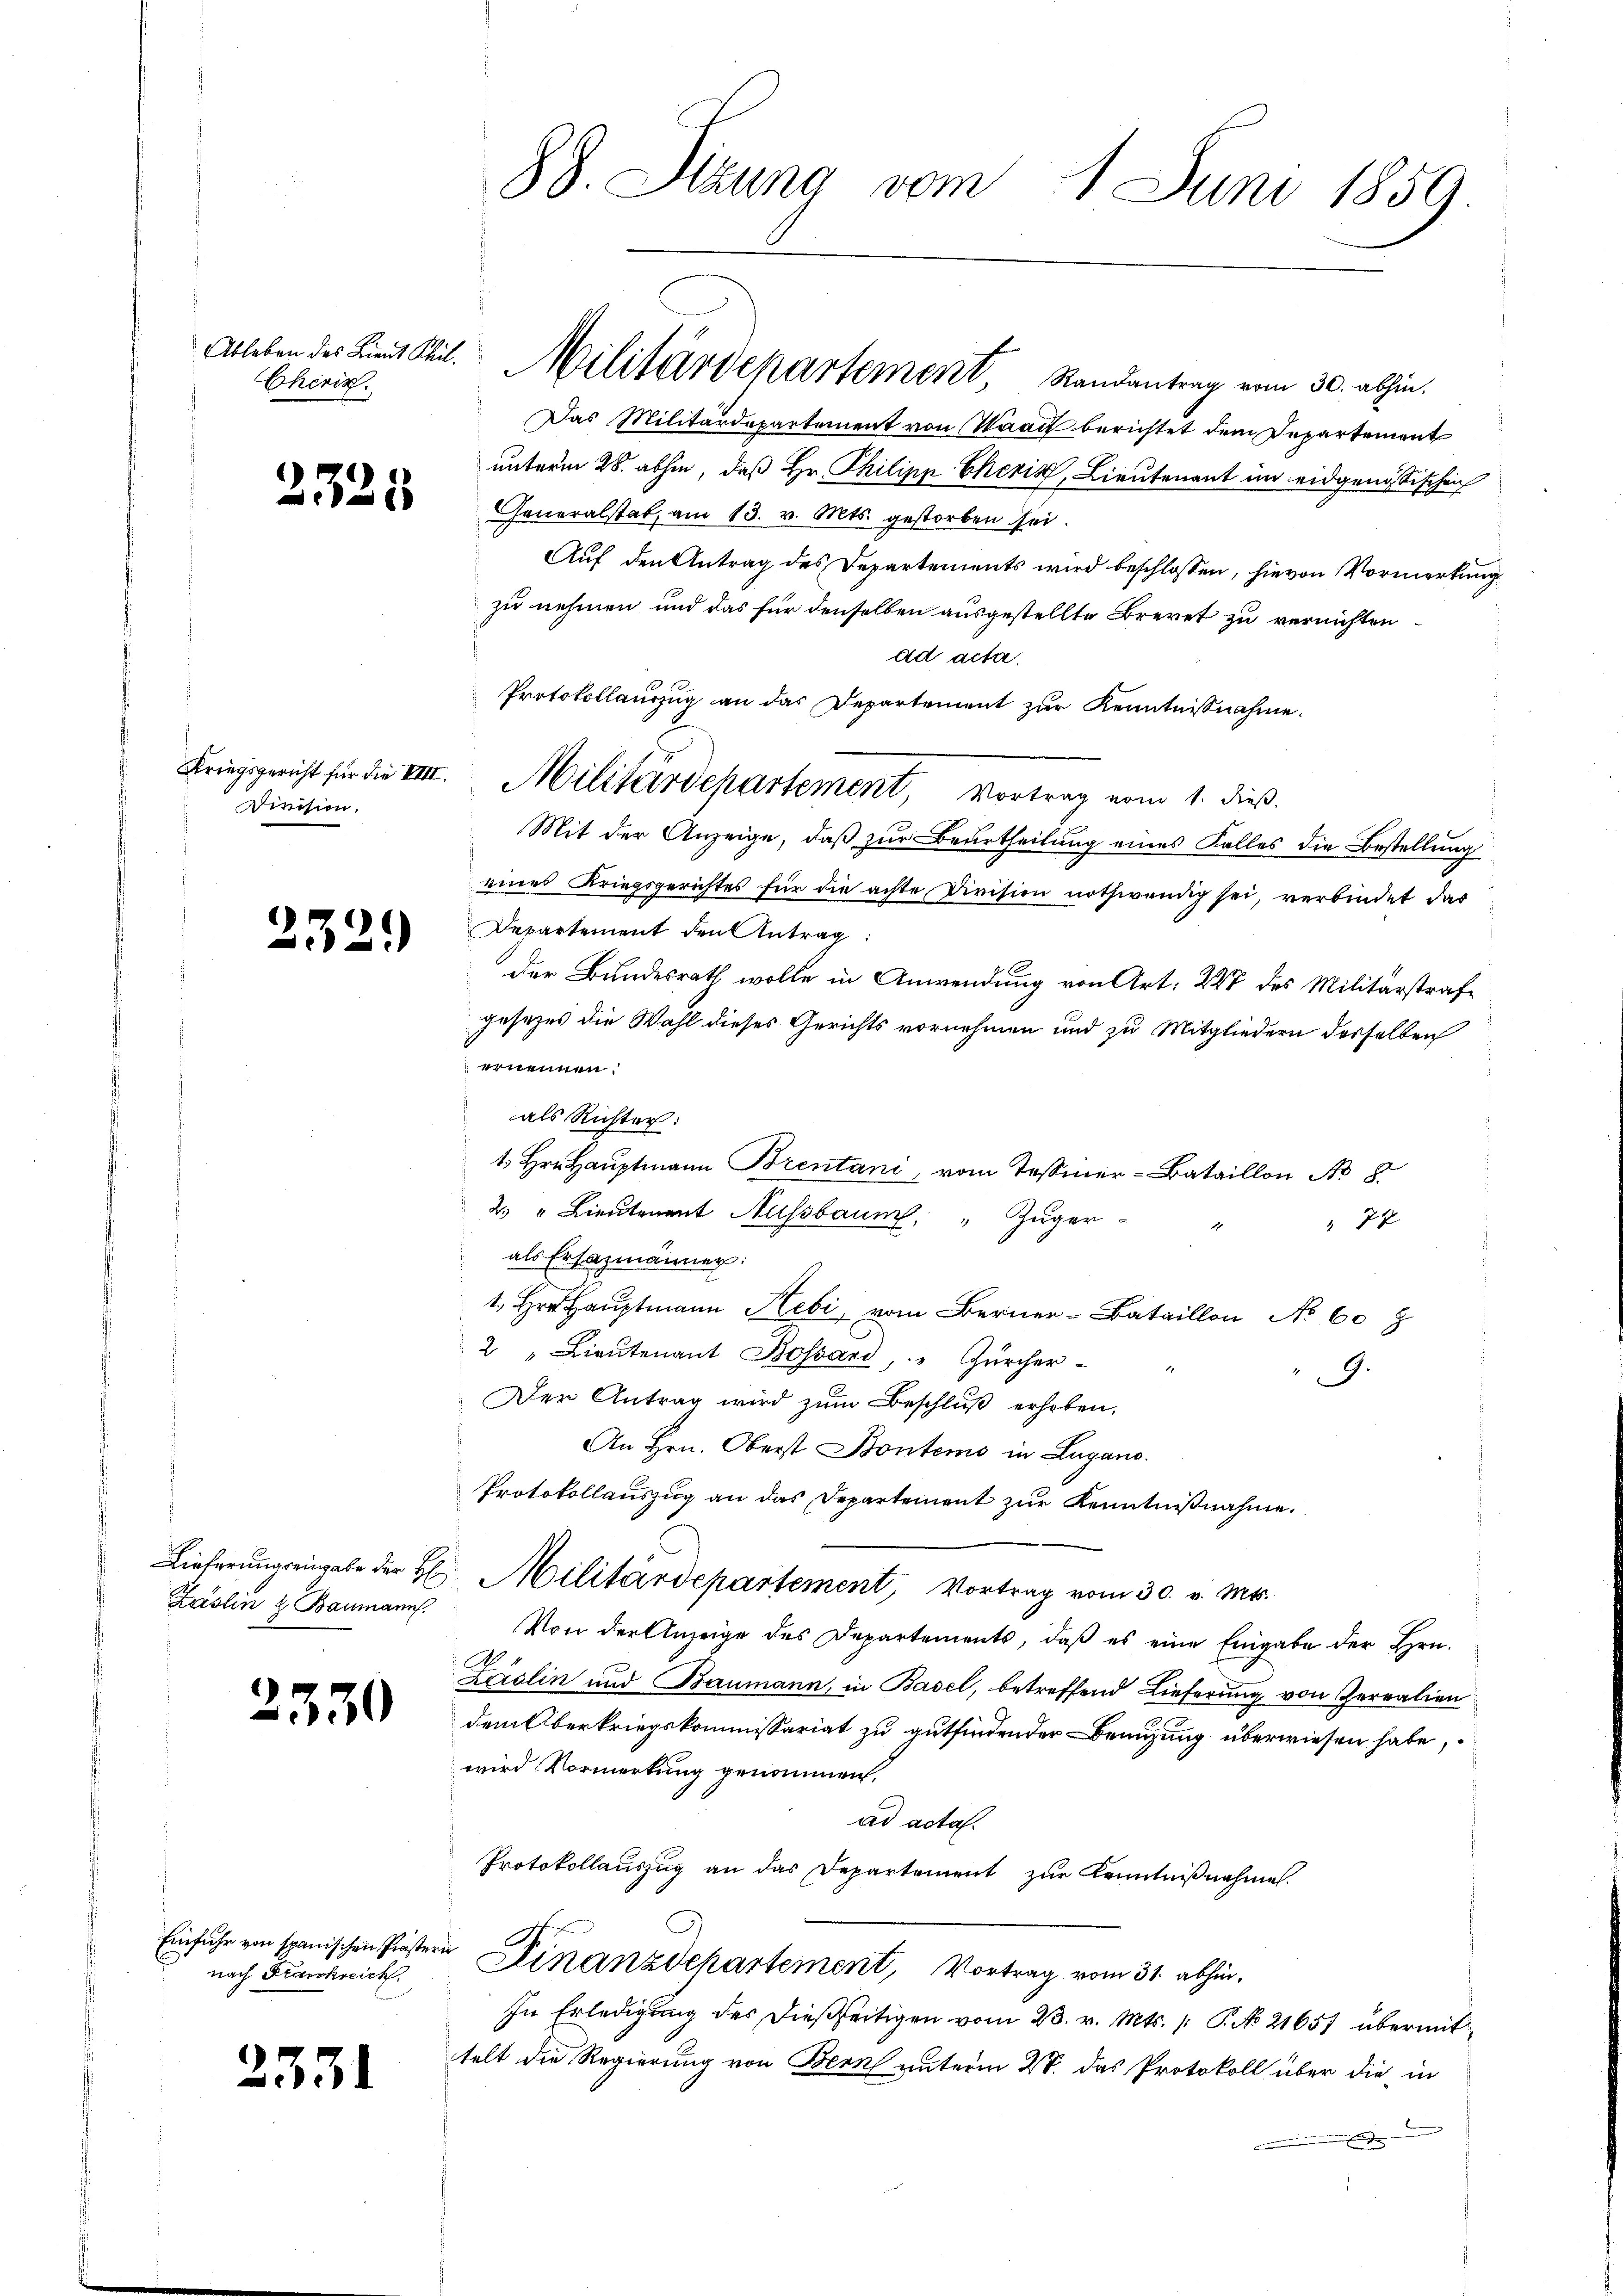
Ableben des Lient Khil.
Cherin.

23

25

Division.

e

23

5

21

Lieferungs eingabe der H
Käslin & Baumann.

0

)

Einfuhr von spanischen Praster
nach Frankreich

88. Stzung vom 1. Juni 1859.

Das Militärdepartement von Waadt berichtet dem Departement
unterm 28. abhin, daß Hr. Philipp Cheris, Lieutenant im eidgenössischen
Generalstat, am 13. v. Mts. gestorben sei.
Auf den Antrag des Departements wird beschlossen, hievon Vormerkung
zu nehmen und das für denselben ausgestellte Brevet zu vernichten
ad acta.
Protokollauszug an das Departement zur Kenntnißnahme.
Mit der Anzeige, daß zur Beurtheilung eines Falles die Bestellung
eines Kriegsgerichtes für die achte Division nothwendig sei, verbindet das
Departement den Antrag:
der Bundesrath wolle in Anwendung von Art. 227 des Militärstrafe
gesezes die Wahl dieses Gerichts vornehmen und zu Mitgliedern derselben
ernennen.
als Richter:
1. Hrn. Hauptmann Brentani, vom Tessiner-Bataillon No 8
2. " Lieutenant Nussbaum, " Züger-
77
als Ersazmänner:
 Hr. Hauptmann Hebi vom Berner-Bataillon No 608
2 " Lieutenant Bossard " Zürcher-
9.
Der Antrag wird zum Beschluß erhoben,
An Hrn. Oberst Bontems in Lugano.
Protokollauszug an das Departement zŭr Kenntnißnahme.
Militärdepartement, Vortrag vom 30. v. Mts.
Von der Anzeige des Departements, daß es eine Eingabe der Hrn.
A.
Laslin und Baumann, in Basel, betreffend Lieferung von Zerealien
dem Oberkriegskommissariat zu gutfindender Benuzung überwiesen habe,
wird Vormerkung genommen,
ad acta.
Protokollauszug an das Departement zur Kenntnißnahme.
Finanzdepartement, Vortrag vom 31. abhin,
In Erledigung des dießseitigen vom 23. v. Mts. /: P. No 21657 übermit
telt die Regierung von Bern unterm 28. das Protokoll über die in
n
e

Militärdepartement Randantrag vom 30. abhin.

Kriegsgericht für die VIII. Militärdepartement, Vortrag vom 1. dieß.